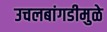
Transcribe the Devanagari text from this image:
उचलबांगडीमुळे